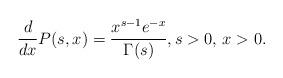
LaTeX: \begin{align*}\frac{d}{dx}P(s,x)=\frac{x^{s-1} e^{-x}}{\Gamma(s)},s>0,\, x>0.\end{align*}